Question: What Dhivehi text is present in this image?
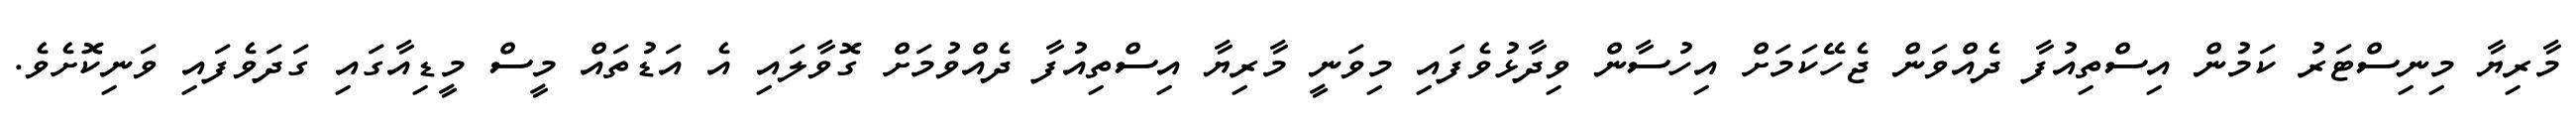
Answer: މާރިޔާ މިނިސްޓަރު ކަމުން އިސްތިއުފާ ދެއްވަން ޖެހޭކަމަށް އިހުސާން ވިދާޅުވެފައި މިވަނީ މާރިޔާ އިސްތިއުފާ ދެއްވުމަށް ގޮވާލައި އެ އަޑުތައް މީސް މީޑިއާގައި ގަދަވެފައި ވަނިކޮށެވެ.